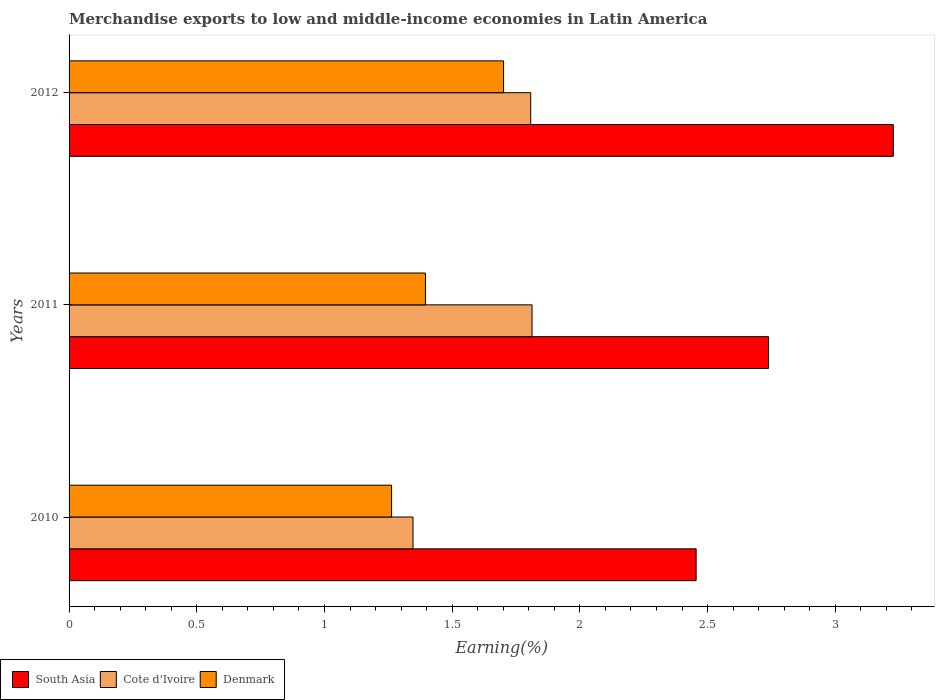
| Years | South Asia | Cote d'Ivoire | Denmark |
 | --- | --- | --- | --- |
 | 2010 | 2.46 | 1.35 | 1.26 |
 | 2011 | 2.74 | 1.81 | 1.4 |
 | 2012 | 3.23 | 1.81 | 1.7 |